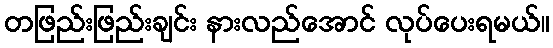
တဖြည်းဖြည်းချင်း နားလည်အောင် လုပ်ပေးရမယ်။